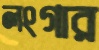
লংগার